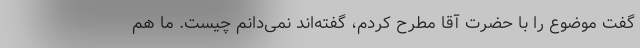
گفت موضوع را با حضرت آقا مطرح کردم، گفته‌اند نمی‌دانم چیست. ما هم